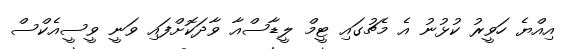
އިއްޔެ ހަވީރު ކުޅުނު އެ މެޗުގައި ޓީމް ލީޑާސްއާ ވާދަކޮށްފައި ވަނީ ވީސީއެކްސް